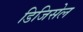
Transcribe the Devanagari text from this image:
डिजिसेल